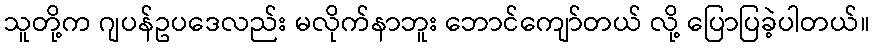
သူတို့က ဂျပန်ဥပဒေလည်း မလိုက်နာဘူး ဘောင်ကျော်တယ် လို့ ပြောပြခဲ့ပါတယ်။